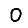
Digit: 0